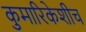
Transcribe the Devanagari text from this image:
कुमारिकेशीच